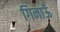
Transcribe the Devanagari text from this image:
गिनाऊँ